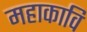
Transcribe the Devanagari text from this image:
महाकावि